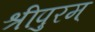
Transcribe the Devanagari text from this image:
श्रीपुरम्